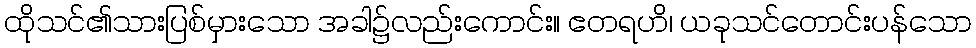
ထိုသင်၏သားပြစ်မှားသော အခါ၌လည်းကောင်း။ ဧတရဟိ၊ ယခုသင်တောင်းပန်သော